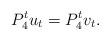
LaTeX: \begin{align*}P_4^tu_t = P_4^tv_t .\end{align*}